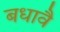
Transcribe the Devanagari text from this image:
बधावै